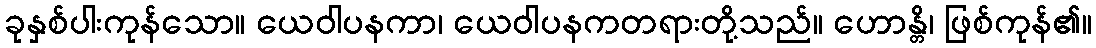
ခုနှစ်ပါးကုန်သော။ ယေဝါပနကာ၊ ယေဝါပနကတရားတို့သည်။ ဟောန္တိ၊ ဖြစ်ကုန်၏။